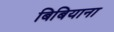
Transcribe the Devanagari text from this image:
बिबियाना